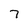
Character: 7